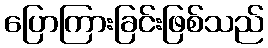
ပြောကြားခြင်းဖြစ်သည်